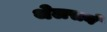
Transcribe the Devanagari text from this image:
थेलसने